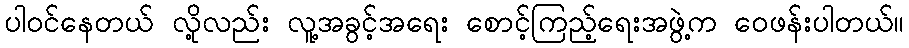
ပါဝင်နေတယ် လို့လည်း လူ့အခွင့်အရေး စောင့်ကြည့်ရေးအဖွဲ့က ဝေဖန်းပါတယ်။